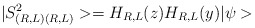
\begin{align*}|S^{2}_{(R,L)(R,L)}>=H_{R,L}(z)H_{R,L}(y)|\psi>\end{align*}